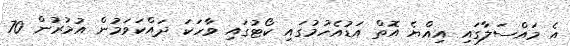
އެ މައްސަލާގައި އިއްޔެ އޮތް އަޑުއެހުމުގައި ކޯޓުގައި ވާހަކަ ދައްކަވަމުން އުމުރުން 70